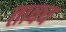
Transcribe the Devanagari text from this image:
तावच